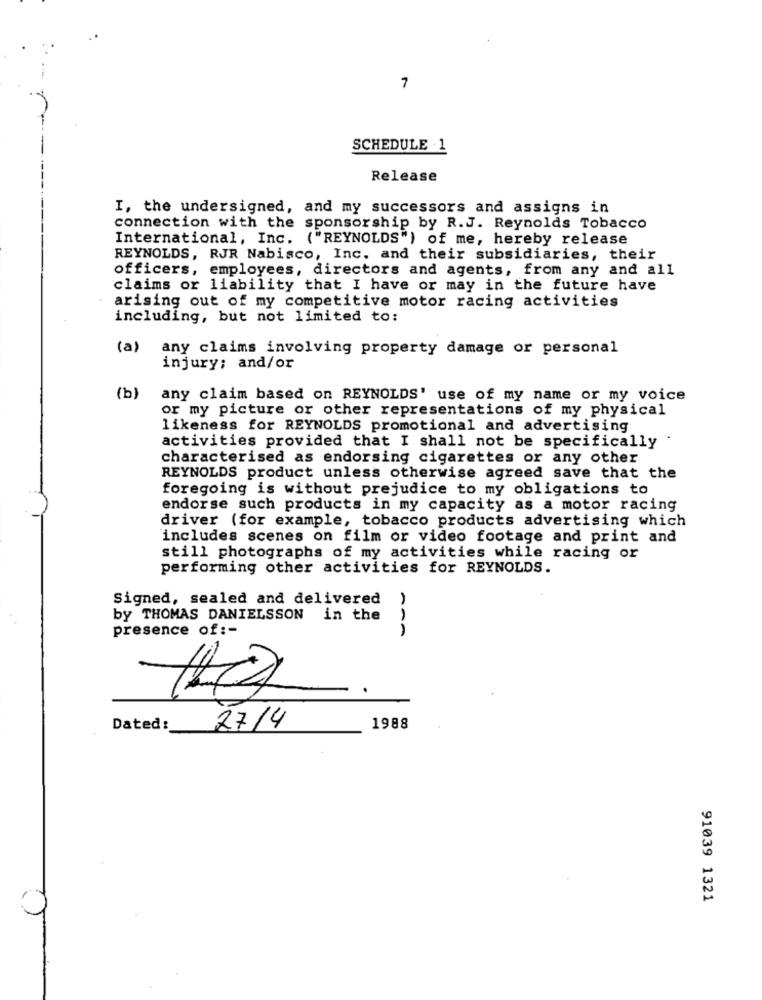
7
SCHEDULE 1
Release
I, the undersigned, and my successors and assigns in
connection with the sponsorship by R.J. Reynolds Tobacco
International, Inc. ("REYNOLDS") of me, hereby release
REYNOLDS, RJR Nabisco, Inc. and their subsidiaries, their
officers, employees, directors and agents, from any and all
claims or liability that I have or may in the future have
arising out of my competitive motor racing activities
including, but not limited to:
(a)
any claims involving property damage or personal
injury; and/or
(b)
any claim based on REYNOLDS' use of my name or my voice
or my picture or other representations of my physical
likeness for REYNOLDS promotional and advertising
activities provided that I shall not be specifically
characterised as endorsing cigarettes or any other
REYNOLDS product unless otherwise agreed save that the
foregoing is without prejudice to my obligations to
endorse such products in my capacity as a motor racing
driver (for example, tobacco products advertising which
includes scenes on film or video footage and print and
still photographs of my activities while racing or
performing other activities for REYNOLDS.
Signed, sealed and delivered
by THOMAS DANIELSSON in the
presence of :-
ANA
IX
Dated:
27/4
1988
91039 1321